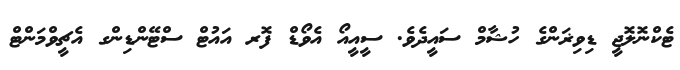
ޓެކްނޮލޮޖީ ޑިވިޜަންގެ ހުޝާމް ސައީދެވެ. ސީއީއޯ އެވޯޑް ފޮރ އައުޓް ސްޓޭންޑިންގ އެޗީވްމަންޓް